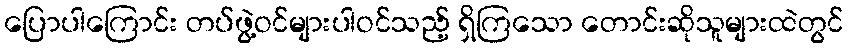
ပြောပါကြောင်း တပ်ဖွဲ့ဝင်များပါဝင်သည့် ရှိကြသော တောင်းဆိုသူများထဲတွင်